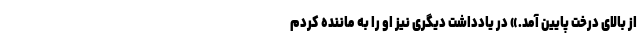
از بالای درخت پایین آمد.» در یادداشت دیگری نیز او را به ماننده کردم